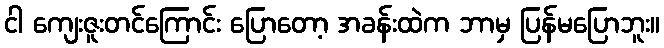
ငါ ကျေးဇူးတင်ကြောင်း ပြောတော့ အခန်းထဲက ဘာမှ ပြန်မပြောဘူး။